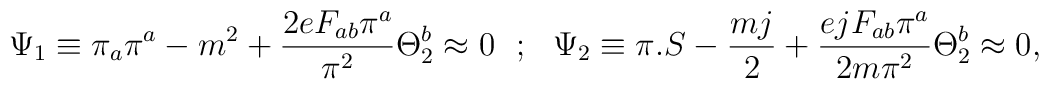
\Psi _1\equiv \pi _a\pi ^a-m^2 +{{2eF_{ab}\pi ^a}\over{\pi ^2}}\Theta _2^b\approx 0~~;~~\Psi _2 \equiv \pi .S-{{mj}\over 2}+{{ejF_{ab}\pi ^a}\over{2m\pi ^2}}\Theta _2^b\approx 0 ,